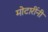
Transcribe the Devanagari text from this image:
मोटारींनी